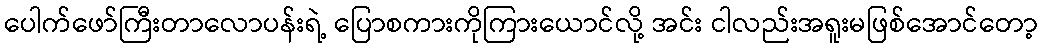
ပေါက်ဖော်ကြီးတာလောပန်းရဲ့ ပြောစကားကိုကြားယောင်လို့ အင်း ငါလည်းအရူးမဖြစ်အောင်တော့